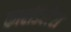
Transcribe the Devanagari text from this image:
कारडिलेरा